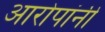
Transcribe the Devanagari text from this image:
आरोपांनी